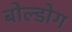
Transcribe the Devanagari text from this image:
बोल्डोग